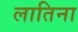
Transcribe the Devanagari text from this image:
लातिना